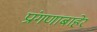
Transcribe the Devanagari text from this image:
प्रांगणाबाहेर